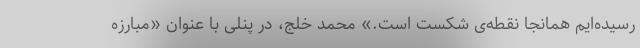
رسیده‌ایم همانجا نقطه‌ی شکست است.» محمد خلج، در پنلی با عنوان «مبارزه